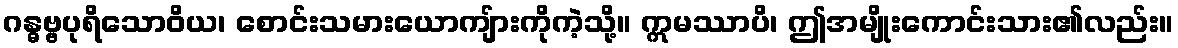
ဂန္ဓဗ္ဗပုရိသောဝိယ၊ စောင်းသမားယောကျ်ားကိုကဲ့သို့။ ဣမဿာပိ၊ ဤအမျိုးကောင်းသား၏လည်း။